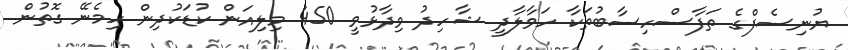
ޔުނިސެފްގެ ތަފާސްހިސާބުތަކާ ހަވާލާދީ ޝާހިދު ވިދާޅުވީ 450 މިލިއަން ކުޑަކުދިން ހިމެނޭ ގޮތުން